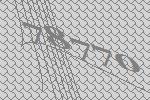
78770